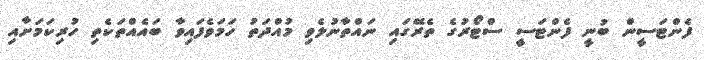
ފެންޓަސީން ބުނީ ފެންޓަސީ ސްޓޯރުގެ ތެރޭގައި ނައްތާނުލެވި މުއްދަތު ހަމަވެފައިވާ ބައެއްތަކެތި ހުރިކަމަށާއި